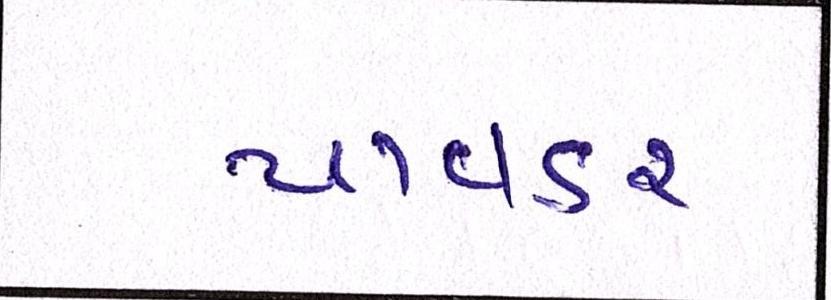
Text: પાવડર